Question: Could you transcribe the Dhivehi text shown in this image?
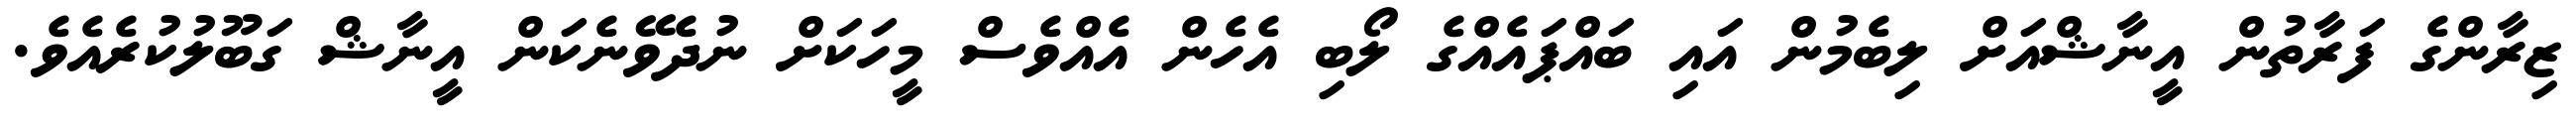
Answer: ޒިރާންގެ ފަރާތުން އީނާޝްއަށް ލިބެމުން އައި ބައްޕައެއްގެ ލޯބި އެހެން އެއްވެސް މީހަކަށް ނުދެވޭނެކަން އީނާޝް ގަބޫލުކުރެއެވެ.